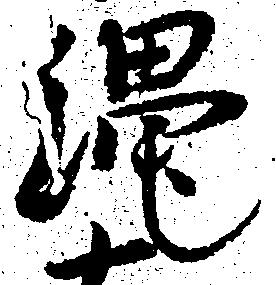
縄